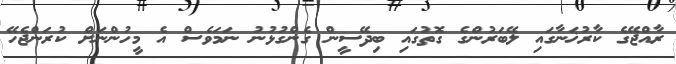
ރާއްޖޭގެ ކާރުޚަނާގައި ލޭބަރުންގެ ގޮތުގައި ބިދޭސީން ގެންގުޅުނު ނަމަވެސް އެ މީހުންނަށް ކުރަންޖެހޭ